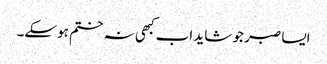
ایسا صبر جو شاید اب کبھی نہ ختم ہوسکے۔